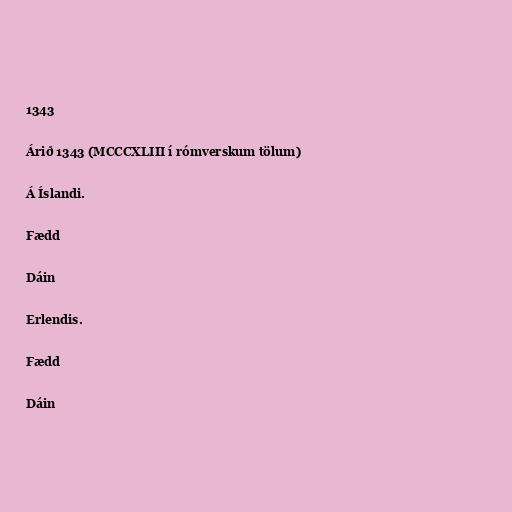
1343

Árið 1343 (MCCCXLIII í rómverskum tölum)

Á Íslandi.

Fædd

Dáin

Erlendis.

Fædd

Dáin